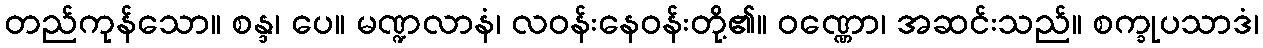
တည်ကုန်သော။ စန္ဒ၊ ပေ။ မဏ္ဍလာနံ၊ လဝန်းနေဝန်းတို့၏။ ဝဏ္ဏော၊ အဆင်းသည်။ စက္ခုပသာဒံ၊